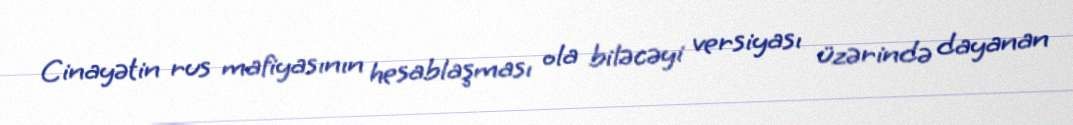
Cinayətin rus mafiyasının hesablaşması ola biləcəyi versiyası üzərində dayanan